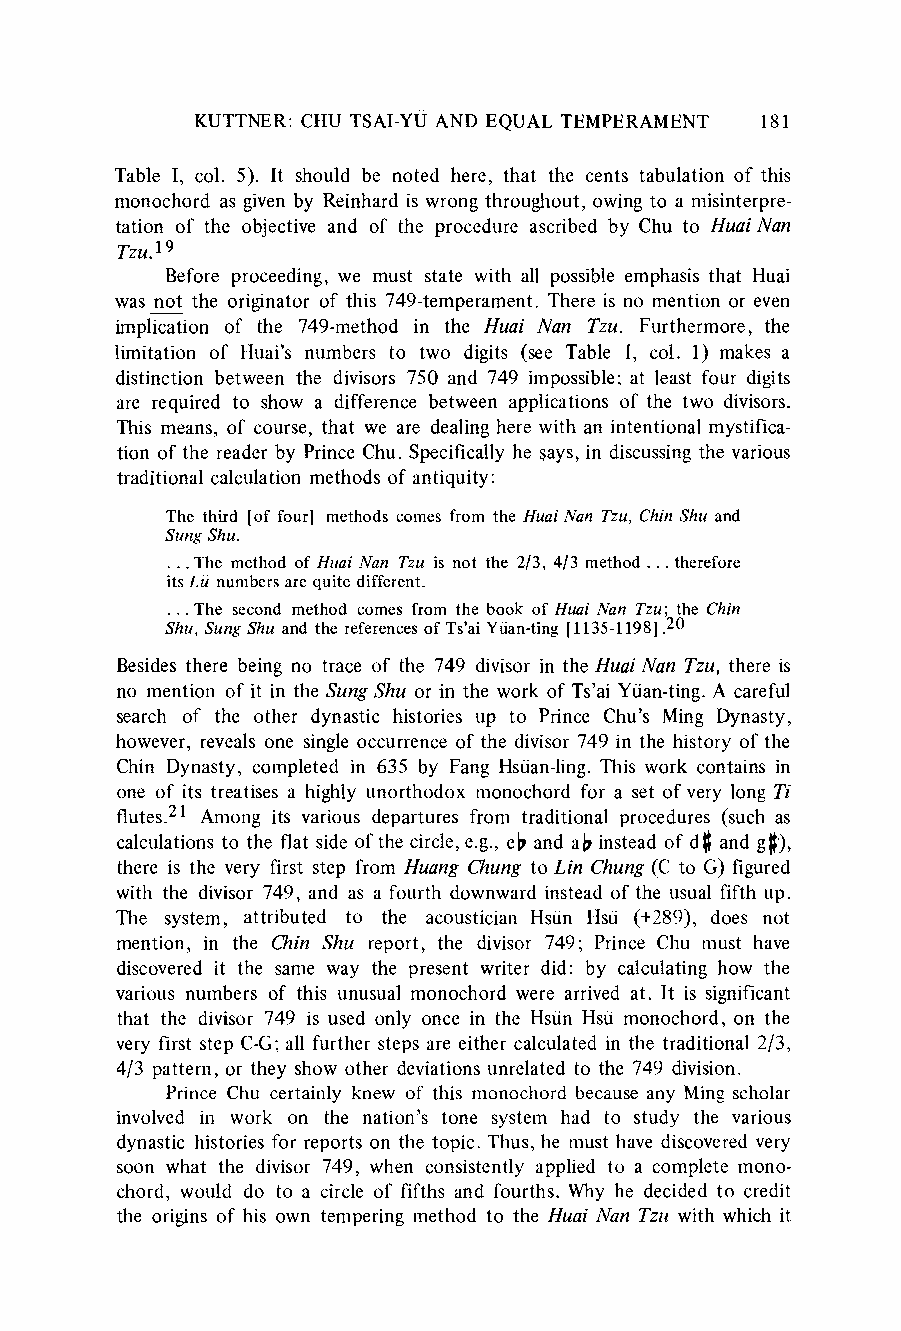
KUTTNER:C HU TSAI-YUA ND EQUAL TEMPERAMENT 181
 Table I, col. 5). It should be noted here, that the cents tabulation of this
 monochord as given by Reinhardi s wrong throughout, owing to a misinterpre-
 tation of the objective and of the procedure ascribed by Chu to HuaiNan
 Tzu.19
 Before proceeding, we must state with all possible emphasis that Huai
 was not the originator of this 749-temperament.T here is no mention or even
 implication of the 749-method in the Huai Nan Tzu. Furthermore, the
 limitation of Huai's numbers to two digits (see Table I, col. 1) makes a
 distinction between the divisors 750 and 749 impossible; at least four digits
 are required to show a difference between applications of the two divisors.
 This means, of course, that we are dealing here with an intentional mystifica-
 tion of the reader by Prince Chu. Specifically he says, in discussingt he various
 traditionalc alculation methods of antiquity:
 The third [of four] methods comes from the Huai Nan Tzu, Chin Shu and
 Sung Shu.
 . . The method of Huai Nan Tzu is not the 2/3, 4/3 method ... therefore
 its Lu numbersa re quite different.
 ... The second method comes from the book of Huai Nan Tzu; the Chin
 Shu, Sung Shu and the referenceso f Ts'ai Yuan-ting[ 1135-1198].20
 Besides there being no trace of the 749 divisor in the Huai Nan Tzu, there is
 no mention of it in the Sung Shu or in the work of Ts'ai Yuan-ting.A careful
 search of the other dynastic histories up to Prince Chu's Ming Dynasty,
 however, reveals one single occurrenceo f the divisor 749 in the history of the
 Chin Dynasty, completed in 635 by Fang Hsiian-ling.T his work contains in
 one of its treatises a highly unorthodox monochord for a set of very long Ti
 flutes.21 Among its various departures from traditional procedures (such as
 calculationst o the flat side of the circle, e.g., eb and ab instead of do and go),
 there is the very first step from Huang Chung to Lin Chung (C to G) figured
 with the divisor 749, and as a fourth downwardi nstead of the usual fifth up.
 The system, attributed to the acoustician Hsun Hsu (+289), does not
 mention, in the Chin Shu report, the divisor 749; Prince Chu must have
 discovered it the same way the present writer did: by calculating how the
 various numbers of this unusual monochord were arrived at. It is significant
 that the divisor 749 is used only once in the Hsun Hsu monochord, on the
 very first step C-G;a ll further steps are either calculated in the traditional2 /3,
 4/3 pattern, or they show other deviationsu nrelated to the 749 division.
 Prince Chu certainly knew of this monochord because any Ming scholar
 involved in work on the nation's tone system had to study the various
 dynastic histories for reports on the topic. Thus, he must have discoveredv ery
 soon what the divisor 749, when consistently applied to a complete mono-
 chord, would do to a circle of fifths and fourths. Why he decided to credit
 the origins of his own tempering method to the Huai Nan Tzu with which it